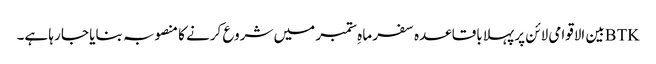
BTKبین الاقوامی لائن پر پہلا باقاعدہ سفر ماہِ ستمبر میں شروع کرنے کا منصوبہ بنایا جا رہا ہے۔